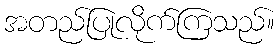
အတည်ပြုလိုက်ကြသည်။